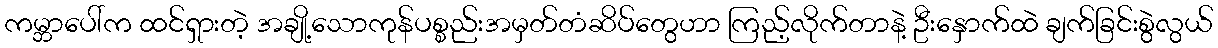
ကမ္ဘာပေါ်က ထင်ရှားတဲ့ အချို့သောကုန်ပစ္စည်းအမှတ်တံဆိပ်တွေဟာ ကြည့်လိုက်တာနဲ့ ဦးနှောက်ထဲ ချက်ခြင်းစွဲလွယ်